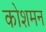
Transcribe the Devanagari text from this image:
कोशमन